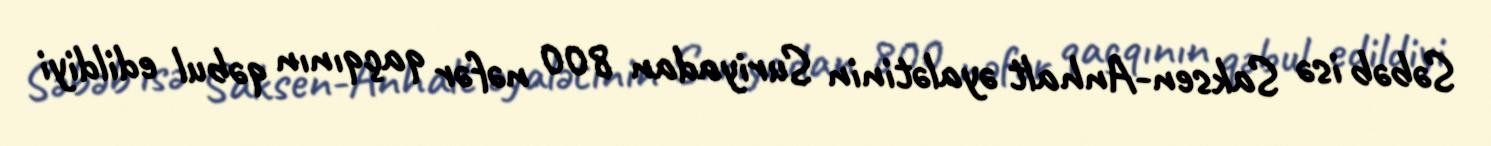
Səbəb isə Saksen-Anhalt əyalətinin Suriyadan 800 nəfər qaçqının qəbul edildiyi